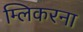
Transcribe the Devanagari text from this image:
म्लिकरना